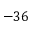
- 3 6